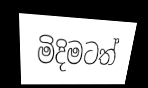
මිදිමටත්